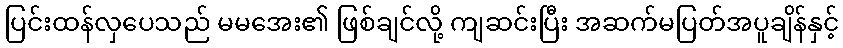
ပြင်းထန်လှပေသည် မမအေး၏ ဖြစ်ချင်လို့ ကျဆင်းပြီး အဆက်မပြတ်အပူချိန်နှင့်